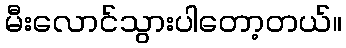
မီးလောင်သွားပါတော့တယ်။